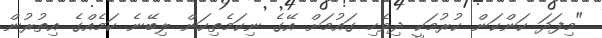
"މިފަދަ ކަންކަން ކުރުމަކީ ދިވެހި ގައުމަށް އޭގެ ނިކަމެތިކަން ލިބޭނެ ކަމެއްގެ އިތުރުން